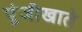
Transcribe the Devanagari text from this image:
पूंजीखाते